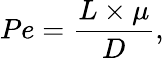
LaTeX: Pe=\frac{L\times\mu}{D},